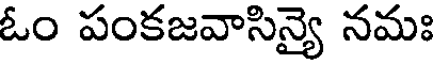
ఓం పంకజవాసిన్యై నమః